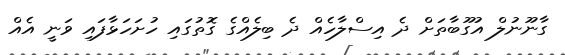
ގާނޫނުލް އުގޫބާތަށް ދެ އިސްލާހެއް ދެ ބިލެއްގެ ގޮތުގައި ހުށަަހަޅާފައި ވަނީ އެއް